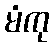
မံကု